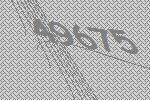
49675